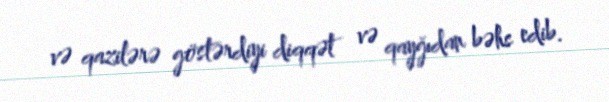
və qazilərə göstərdiyi diqqət və qayğıdan bəhs edib.